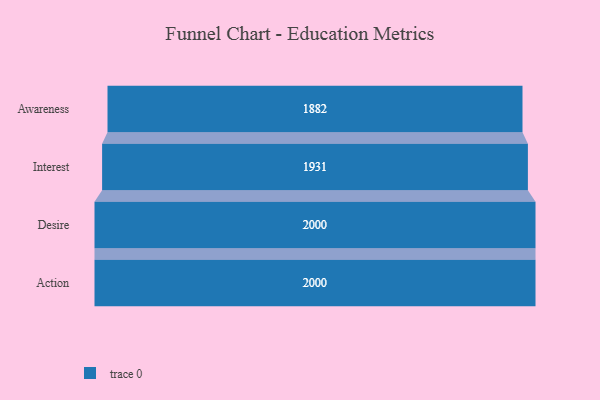
{"axis": {"x": "Stage", "y": "Value"}, "legend": [""], "data": [{"x": "Awareness", "y": 1882.0, "type": ""}, {"x": "Interest", "y": 1931.0, "type": ""}, {"x": "Desire", "y": 2000, "type": ""}, {"x": "Action", "y": 2000, "type": ""}]}